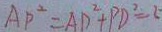
A P ^ { 2 } = A D ^ { 2 } + P D ^ { 2 } = 2